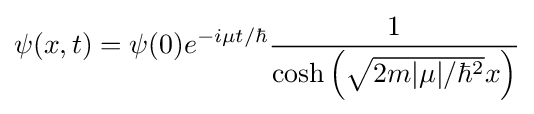
\psi (x,t)=\psi (0)e^{-i\mu t/\hbar }{\frac {1}{\cosh \left({\sqrt {2m|\mu |/\hbar ^{2}}}x\right)}}